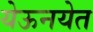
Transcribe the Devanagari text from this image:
येऊनयेत